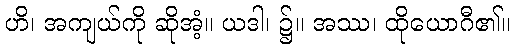
ဟိ၊ အကျယ်ကို ဆိုအံ့။ ယဒါ၊ ၌။ အဿ၊ ထိုယောဂီ၏။